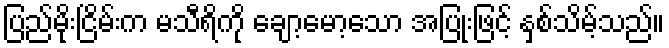
ပြည်မိုးငြိမ်းက မသီရိကို ချော့မော့သော အပြုံးဖြင့် နှစ်သိမ့်သည်။